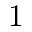
1